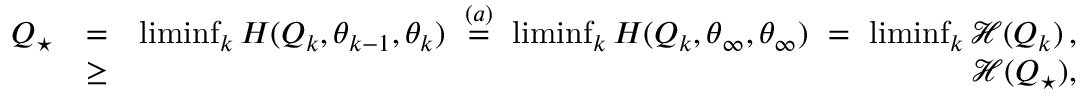
\begin{array} { r l r } { Q _ { \star } } & { = } & { \operatorname* { l i m i n f } _ { k } H ( Q _ { k } , \theta _ { k - 1 } , \theta _ { k } ) \ \stackrel { ( a ) } = \ \operatorname* { l i m i n f } _ { k } H ( Q _ { k } , \theta _ { \infty } , \theta _ { \infty } ) \ = \ \operatorname* { l i m i n f } _ { k } { \mathcal H } ( Q _ { k } ) \, , } \\ & { \geq } & { { \mathcal H } ( Q _ { \star } ) , } \end{array}